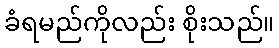
ခံရမည်ကိုလည်း စိုးသည်။